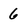
Character: 6